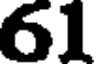
61